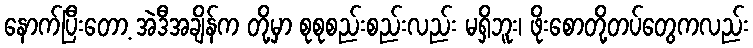
နောက်ပြီးတော့ အဲဒီအချိန်က တို့မှာ စုစုစည်းစည်းလည်း မရှိဘူး၊ ဖိုးစောတို့တပ်တွေကလည်း